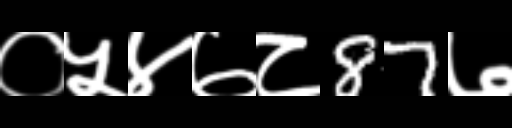
Text: ०५४७८87७